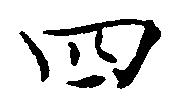
四